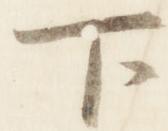
下